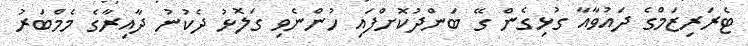
ޓެރަރިޒަމްގެ ދައުވާއާ ގުޅިގެން ގޭ ބަންދުކޮށްފައި ހުންނެވި ގަލޮޅު ދެކުނު ދާއިރާގެ މެމްބަރު